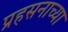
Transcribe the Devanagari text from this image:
प्रहसनाच्या